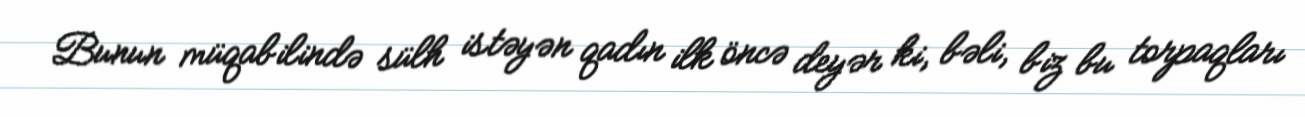
Bunun müqabilində sülh istəyən qadın ilk öncə deyər ki, bəli, biz bu torpaqları